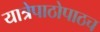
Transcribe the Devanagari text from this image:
यात्रेपाठोपाठच